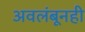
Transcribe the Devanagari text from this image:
अवलंबूनही